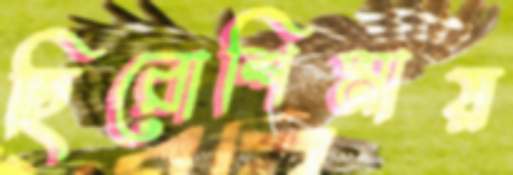
হিরোশিমায়